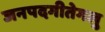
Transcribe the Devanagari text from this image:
जनपदगीतेगलु